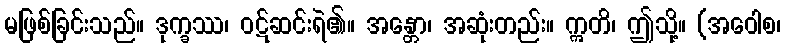
မဖြစ်ခြင်းသည်။ ဒုက္ခဿ၊ ဝဋ်ဆင်းရဲ၏။ အန္တော၊ အဆုံးတည်း။ ဣတိ၊ ဤသို့။ (အဝေါစ၊